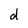
Character: d